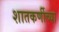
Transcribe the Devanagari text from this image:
शातकर्णीच्या